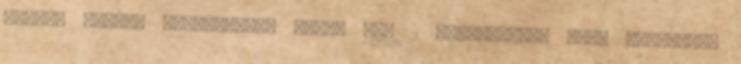
lángon sűrűre beforralom: végül kb. 2 evőkanálnyi sűrű meggypüré